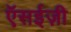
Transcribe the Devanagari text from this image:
ऍसईज़ी